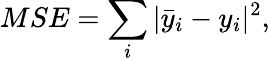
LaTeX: MSE=\sum_{i}|\bar{y}_{i}-y_{i}|^{2},